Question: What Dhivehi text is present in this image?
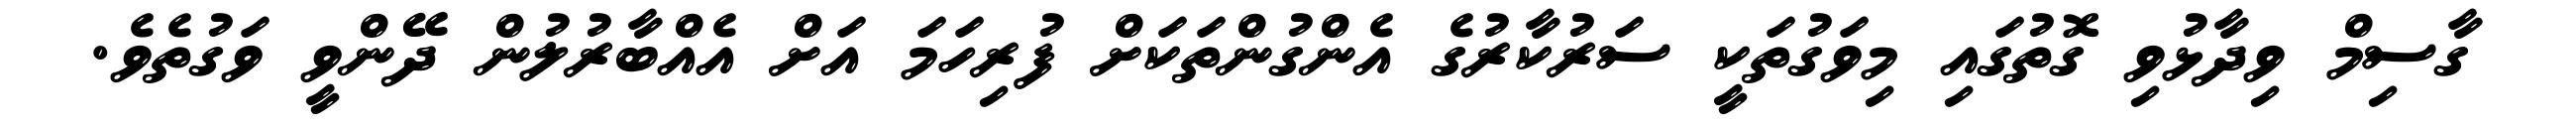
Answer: ގާސިމް ވިދާޅުވި ގޮތުގައި މިވަގުތަކީ ސަރުކާރުގެ އެންގުންތަކަށް ފުރިހަމަ އަށް އެއްބާރުލުން ދޭންވީ ވަގުތެވެ.